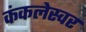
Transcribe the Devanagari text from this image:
कंकलेस्वर